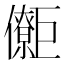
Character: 𱜜